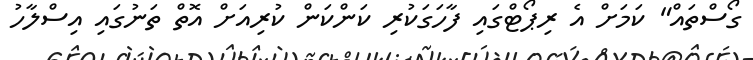
ގޯސްތައް" ކަމަށް އެ ރިޕޯޓްގައި ފާހަގަކުރި ކަންކަން ކުރިއަށް އޮތް ތަނުގައި އިސްލާހު